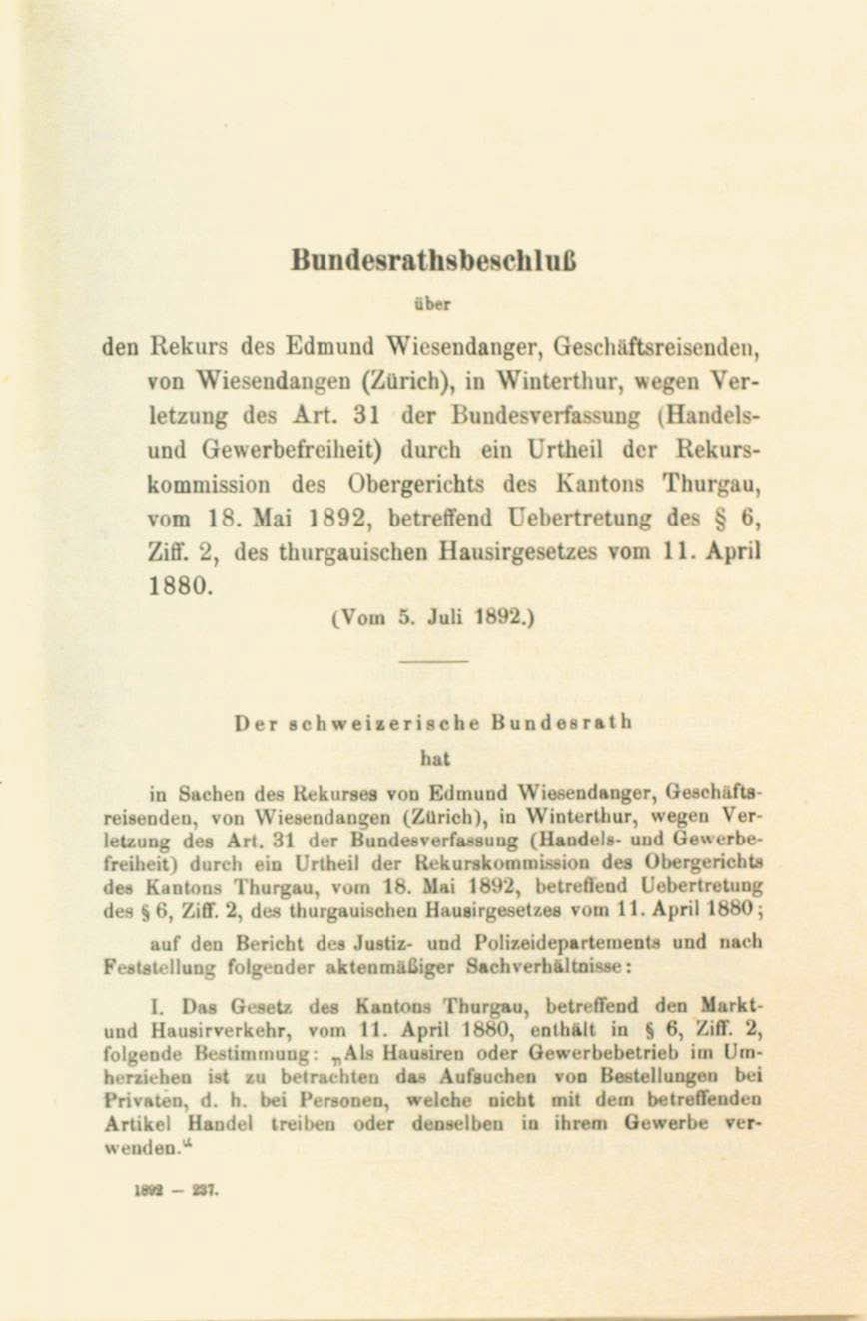
von Wiesendangen (Zürich), in Winterthur, wegen Ver-
letzung des Art. 31 der Bundesverfassung (Handels-
und Gewerbefreiheit) durch ein Urtheil der Rekurs-
kommission des Obergerichts des Kantons Thurgau,
vom 18. Mai 1892, betreffend Uebertretung des § 6,
Ziff. 2, des thurgauischen Hausirgesetzes vom 11. April
1880.
(Vom 5. Juli 1892.)

Bundesrathsbeschlus

über
den Rekurs des Edmund Wiesendanger, Geschäftsreisenden,

Der schweizerische Bundesrath
hat

in Sachen des Rekurses von Edmund Wiesendanger, Geschäfts-
reisenden, von Wiesendangen (Zürich), in Winterthur, wegen Ver-
letzung des Art. 31 der Bundesverfassung (Handels- und Gewerbe-
freiheit) durch ein Urtheil der Rekurskommission des Obergerichts
des Kantons Thurgau, vom 18. Mai 1892, betreffend Uebertretung
des § 6, Ziff. 2, des thurgauischen Hausirgesetzes vom 11. April 1880;
auf den Bericht des Justiz- und Polizeidepartements und nach
Feststellung folgender aktenmäßiger Sachverhältnisse:
1. Das Gesetz des Kantons Thurgau, betreffend den Markt-
und Hausirverkehr, vom 11. April 1880, enthält in § 6, Ziff. 2,
folgende Bestimmung: „Als Hausiren oder Gewerbebetrieb im Um-
herziehen ist zu betrachten das Aufsuchen von Bestellungen bei
Privaten, d. h. bei Personen, welche nicht mit dem betreffenden
Artikel Handel treiben oder denselben in ihrem Gewerbe ver-
wenden.“
.